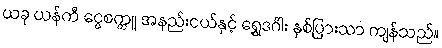
ယခု ယန်ကီ ငွေစက္ကူ အနည်းငယ်နှင့် ရွှေဒင်္ဂါး နှစ်ပြားသာ ကျန်သည်။